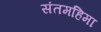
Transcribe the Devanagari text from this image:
संतमहिमा